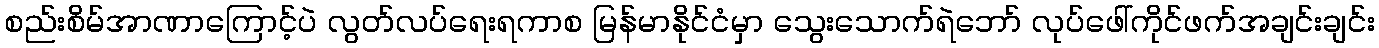
စည်းစိမ်အာဏာကြောင့်ပဲ လွတ်လပ်ရေးရကာစ မြန်မာနိုင်ငံမှာ သွေးသောက်ရဲဘော် လုပ်ဖေါ်ကိုင်ဖက်အချင်းချင်း